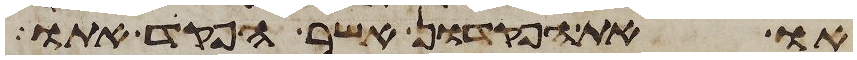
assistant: או את הפקדון אשר הפקד אתו